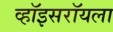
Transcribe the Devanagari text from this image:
व्हॉइसरॉयला